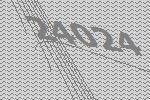
24024